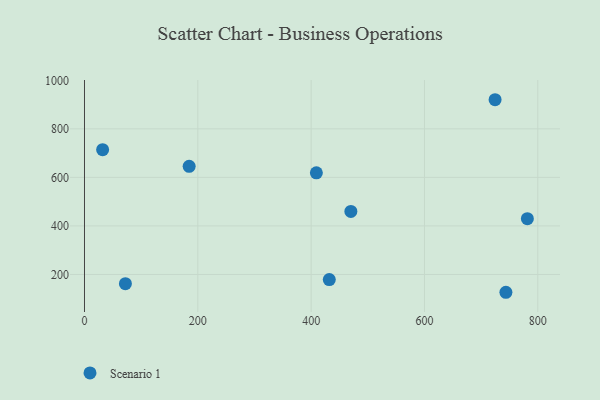
{"axis": {"x": "Speed", "y": "Exam Score"}, "legend": ["Scenario 1"], "data": [{"x": "32.0", "y": 714.3, "type": "Scenario 1"}, {"x": "781.6", "y": 429.8, "type": "Scenario 1"}, {"x": "724.6", "y": 920.0, "type": "Scenario 1"}, {"x": "184.7", "y": 645.6, "type": "Scenario 1"}, {"x": "409.2", "y": 618.6, "type": "Scenario 1"}, {"x": "743.7", "y": 126.6, "type": "Scenario 1"}, {"x": "432.0", "y": 178.8, "type": "Scenario 1"}, {"x": "470.1", "y": 459.7, "type": "Scenario 1"}, {"x": "72.2", "y": 162.1, "type": "Scenario 1"}]}